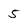
Character: 5